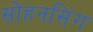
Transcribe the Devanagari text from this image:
सोहनसिंग